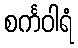
စင်္ကဝါရံ